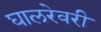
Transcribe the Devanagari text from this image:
घालरेवरी